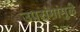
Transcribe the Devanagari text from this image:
उपरांगांमुळे